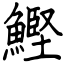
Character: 鰹